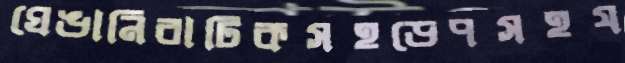
ঘেঙানিবাটিকসহডেপসহয